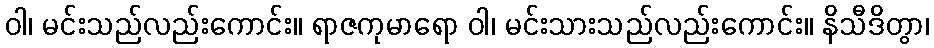
ဝါ၊ မင်းသည်လည်းကောင်း။ ရာဇကုမာရော ဝါ၊ မင်းသားသည်လည်းကောင်း။ နိသီဒိတွာ၊